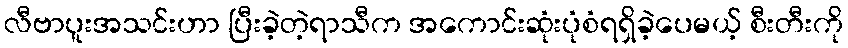
လီဗာပူးအသင်းဟာ ပြီးခဲ့တဲ့ရာသီက အကောင်းဆုံးပုံစံရရှိခဲ့ပေမယ့် စီးတီးကို